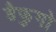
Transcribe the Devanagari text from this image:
डैफुगो